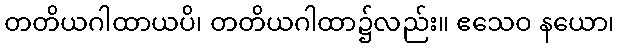
တတိယဂါထာယပိ၊ တတိယဂါထာ၌လည်း။ ဧသေဝ နယော၊